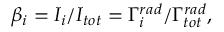
\beta _ { i } = I _ { i } / I _ { t o t } = \Gamma _ { i } ^ { r a d } / \Gamma _ { t o t } ^ { r a d } ,